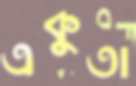
একুতা